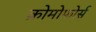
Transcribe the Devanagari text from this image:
क्रोमोफोर्स